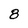
Character: 8